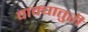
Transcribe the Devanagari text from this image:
वाक्चातुरी